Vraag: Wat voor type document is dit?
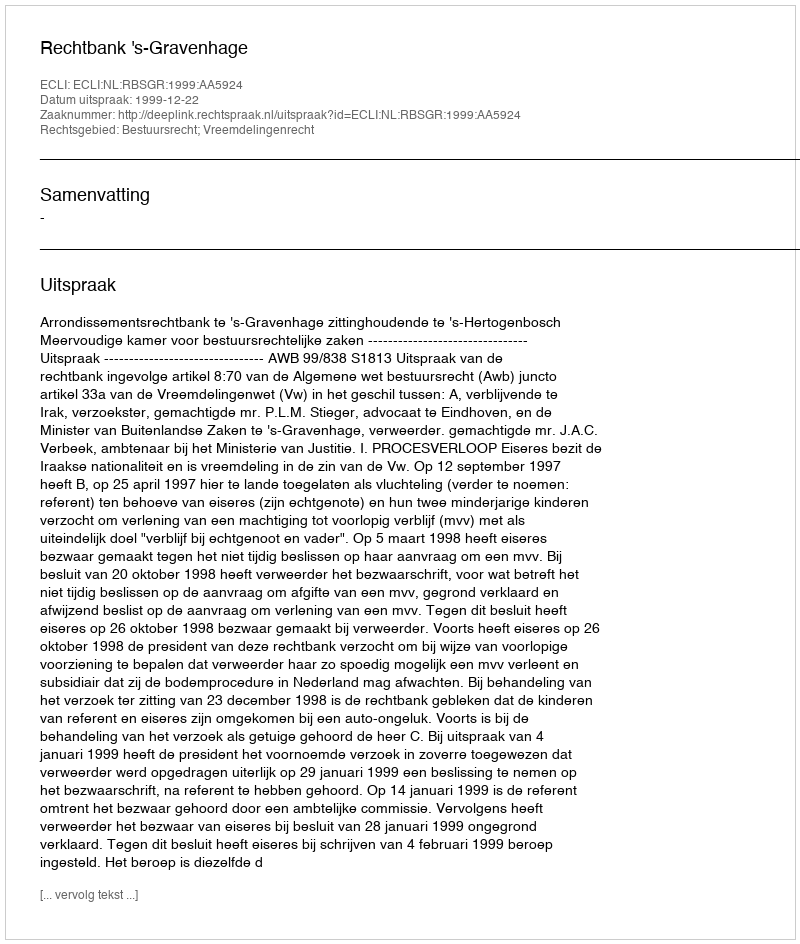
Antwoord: Uitspraak